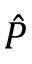
\hat { P }